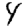
Digit: 4